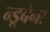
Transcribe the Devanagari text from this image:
न्डूबेना